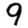
Digit: 9